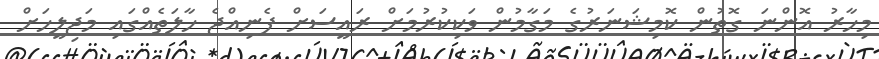
މިހާރު އޮންނަ ގޮތުން ކޮމިޝަނަރުގެ މަގާމުން ވަކިކުރުމަށް ރައީސަށް ފެނިއްޖެ ހާލަތެއްގައި މަޖިލީހަށް